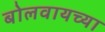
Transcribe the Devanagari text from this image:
बोलवायच्या